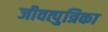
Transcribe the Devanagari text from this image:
जीवत्पुत्रिका